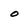
Character: o